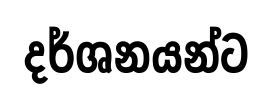
දර්ශනයන්ට